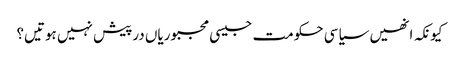
کیونکہ انھیں سیاسی حکومت جیسی مجبوریاں درپیش نہیں ہوتیں؟